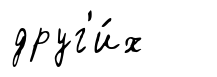
друг'и́х